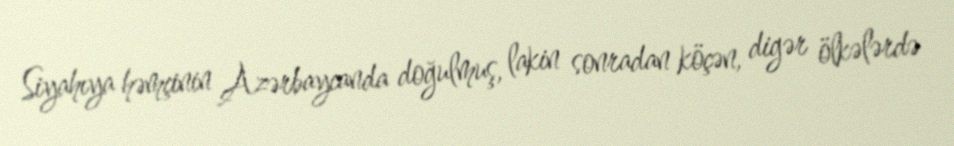
Siyahıya həmçinin Azərbaycanda doğulmuş, lakin sonradan köçən, digər ölkələrdə